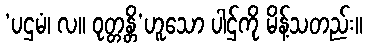
‘ပဌမံ၊ လ။ ဝုတ္တန္တိ’ဟူသော ပါဌ်ကို မိန့်သတည်း။